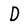
Character: D